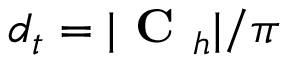
d _ { t } = | \textbf { C } _ { h } | / \pi